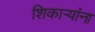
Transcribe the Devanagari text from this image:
शिकार्‍यांना